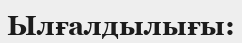
Ылғалдылығы: